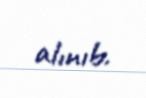
alınıb.